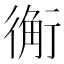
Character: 䚘